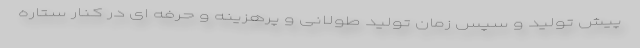
پیش تولید و سپس زمان تولید طولانی و پرهزینه و حرفه ای در کنار ستاره